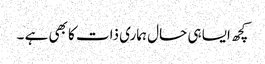
کچھ ایسا ہی حال ہماری ذات کا بھی ہے ۔